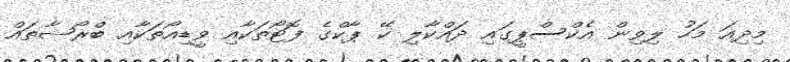
މިދިއަ މަހު ލިވިން އެކްސްޕީގައި ދައްކާލި ކޭ ޕާކްގެ ފޮޓޯތަކާއި ވީޑިއޯތަކާއި ބްރޯޝާތައް